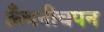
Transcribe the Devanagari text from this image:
ऊँचनीचपन